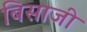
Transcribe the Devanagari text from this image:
बिसाजी